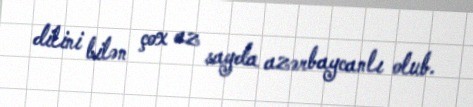
dilini bilən çox az sayda azərbaycanlı olub.